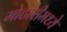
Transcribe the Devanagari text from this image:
मोटारीमध्ये